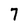
Character: 7